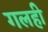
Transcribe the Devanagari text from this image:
गलही